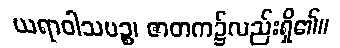
ယရာဝါသပဉ္စ၊ ဇာတက၌လည်းရှိ၏။